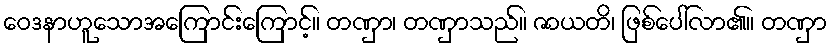
ဝေဒနာဟူသောအကြောင်းကြောင့်။ တဏှာ၊ တဏှာသည်။ ဇာယတိ၊ ဖြစ်ပေါ်လာ၏။ တဏှာ